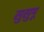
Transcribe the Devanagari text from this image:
सुसुमू